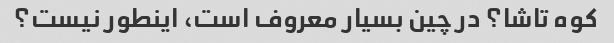
کوه تاشا؟ در چین بسیار معروف است، اینطور نیست؟